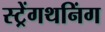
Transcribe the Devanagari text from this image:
स्ट्रेंगथनिंग